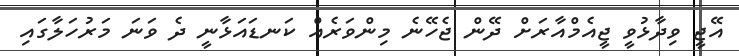
އޭޖީ ވިދާޅުވީ ޖީއެމްއާރަށް ދޭން ޖެހޭނެ މިންވަރެއް ކަނޑައަޅާނީ ދެ ވަނަ މަރުހަލާގައި